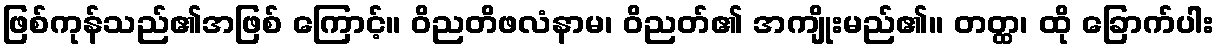
ဖြစ်ကုန်သည်၏အဖြစ် ကြောင့်။ ဝိညတိဖလံနာမ၊ ဝိညတ်၏ အကျိုးမည်၏။ တတ္ထ၊ ထို ခြောက်ပါး